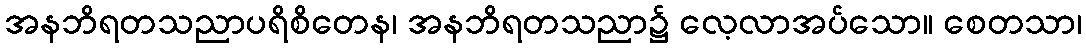
အနဘိရတသညာပရိစိတေန၊ အနဘိရတသညာ၌ လေ့လာအပ်သော။ စေတသာ၊